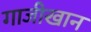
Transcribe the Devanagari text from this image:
गाजीखान